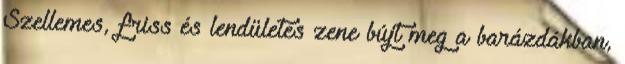
Szellemes, friss és lendületes zene bújt meg a barázdákban,